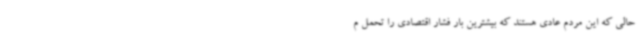
حالی که این مردم عادی هستند که بیشترین بار فشار اقتصادی را تحمل م